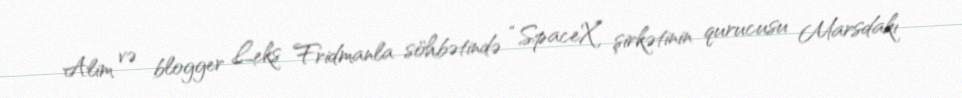
Alim və blogger Leks Fridmanla söhbətində “SpaceX” şirkətinin qurucusu Marsdakı